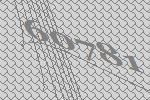
60781